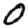
Digit: 0